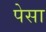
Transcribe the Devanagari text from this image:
पेसा